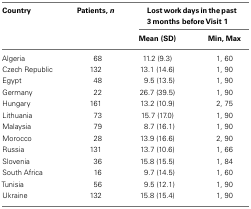
| Country | Patients, n | <COLSPAN=2> Lost work days in the past 3 months before Visit 1 |
 |  |  | Mean (SD) | Min, Max |
 | --- | --- | --- | --- |
 | Algeria | 68 | 11.2 (9.3) | 1, 60 |
 | Czech Republic | 132 | 13.1 (14.6) | 1, 90 |
 | Egypt | 48 | 9.5 (13.5) | 1, 90 |
 | Germany | 22 | 26.7 (39.5) | 1, 90 |
 | Hungary | 161 | 13.2 (10.9) | 2, 75 |
 | Lithuania | 73 | 15.7 (17.0) | 1, 90 |
 | Malaysia | 79 | 8.7 (16.1) | 1, 90 |
 | Morocco | 28 | 13.9 (16.6) | 2, 90 |
 | Russia | 131 | 13.7 (10.6) | 1, 66 |
 | Slovenia | 36 | 15.8 (15.5) | 1, 84 |
 | South Africa | 16 | 9.7 (14.5) | 1, 60 |
 | Tunisia | 56 | 9.5 (12.1) | 1, 90 |
 | Ukraine | 132 | 15.8 (15.4) | 1, 90 |